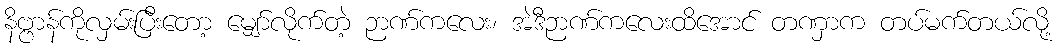
နိဗ္ဗာန်ကိုလှမ်းပြီးတော့ မျှော်လိုက်တဲ့ ဉာဏ်ကလေး၊ အဲဒီဉာဏ်ကလေးထိအောင် တဏှာက တပ်မက်တယ်လို့